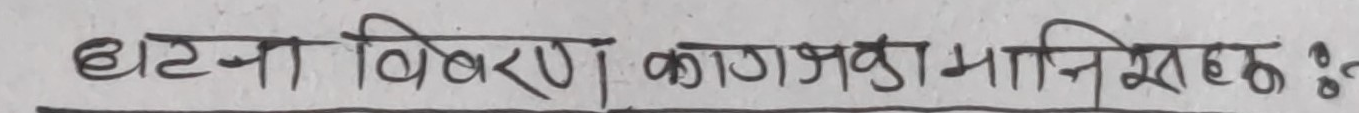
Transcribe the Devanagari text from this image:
घटना विवरण | कागजका मानिसहक ?